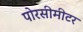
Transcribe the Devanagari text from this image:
पोरसीमीटर